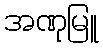
အဏုမြူ